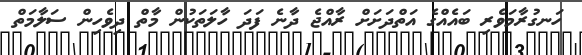
ހަނގުރާމަވެރި ބައެއްގެ އަތްދަށަށް ރާއްޖެ ދާނެ ފަދަ ހާލަތަކުން މާތް ދިވެހިން ސަލާމަތް